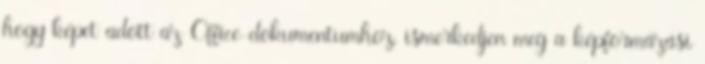
hogy képet adott az Office-dokumentumhoz, ismerkedjen meg a képformázási